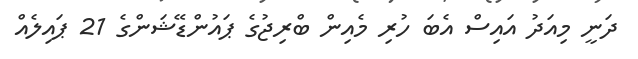
ދަނީ މިއަދު އައިސް އެބަ ހުރި މެއިން ބްރިޖުގެ ޕައުންޑޭޝަންގެ 21 ޕައިލެއް